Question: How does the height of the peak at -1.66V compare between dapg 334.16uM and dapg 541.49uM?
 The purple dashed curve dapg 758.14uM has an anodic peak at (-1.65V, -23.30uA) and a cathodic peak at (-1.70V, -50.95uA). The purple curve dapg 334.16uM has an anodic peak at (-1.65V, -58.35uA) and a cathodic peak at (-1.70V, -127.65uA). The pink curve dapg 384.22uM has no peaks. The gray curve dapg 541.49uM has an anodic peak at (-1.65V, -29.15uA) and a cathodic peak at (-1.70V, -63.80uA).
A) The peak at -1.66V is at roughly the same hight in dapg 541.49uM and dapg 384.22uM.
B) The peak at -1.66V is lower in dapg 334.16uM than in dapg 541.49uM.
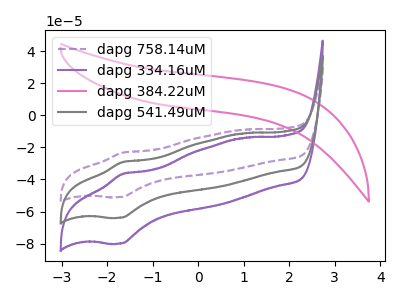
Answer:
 <answer>B) The peak at -1.66V is lower in "dapg 334.16uM" than in "dapg 541.49uM".</answer>
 <eval>B</eval>